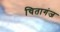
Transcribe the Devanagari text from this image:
चितागंज